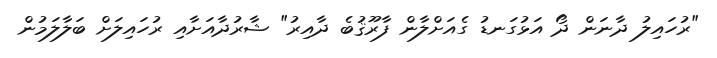
"ރުހައިލު ދާނަން ދޯ އަޅުގަނޑު ގެއަށްލާން ފާރޫޤުބެ ދާއިރު" ޝާރުދާއަށާއި ރުހައިލަށް ބަލާލަމުން